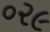
૦૨૯